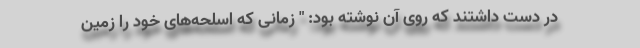
در دست داشتند که روی آن نوشته بود: " زمانی که اسلحه‌های خود را زمین